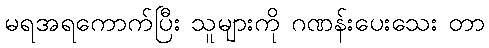
မရအရကောက်ပြီး သူများကို ဂဏန်းပေးသေး တာ